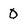
Character: O